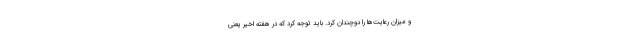
و میزان رعایت‌ها را دوچندان کرد. باید توجه کرد که در هفته اخیر یعنی